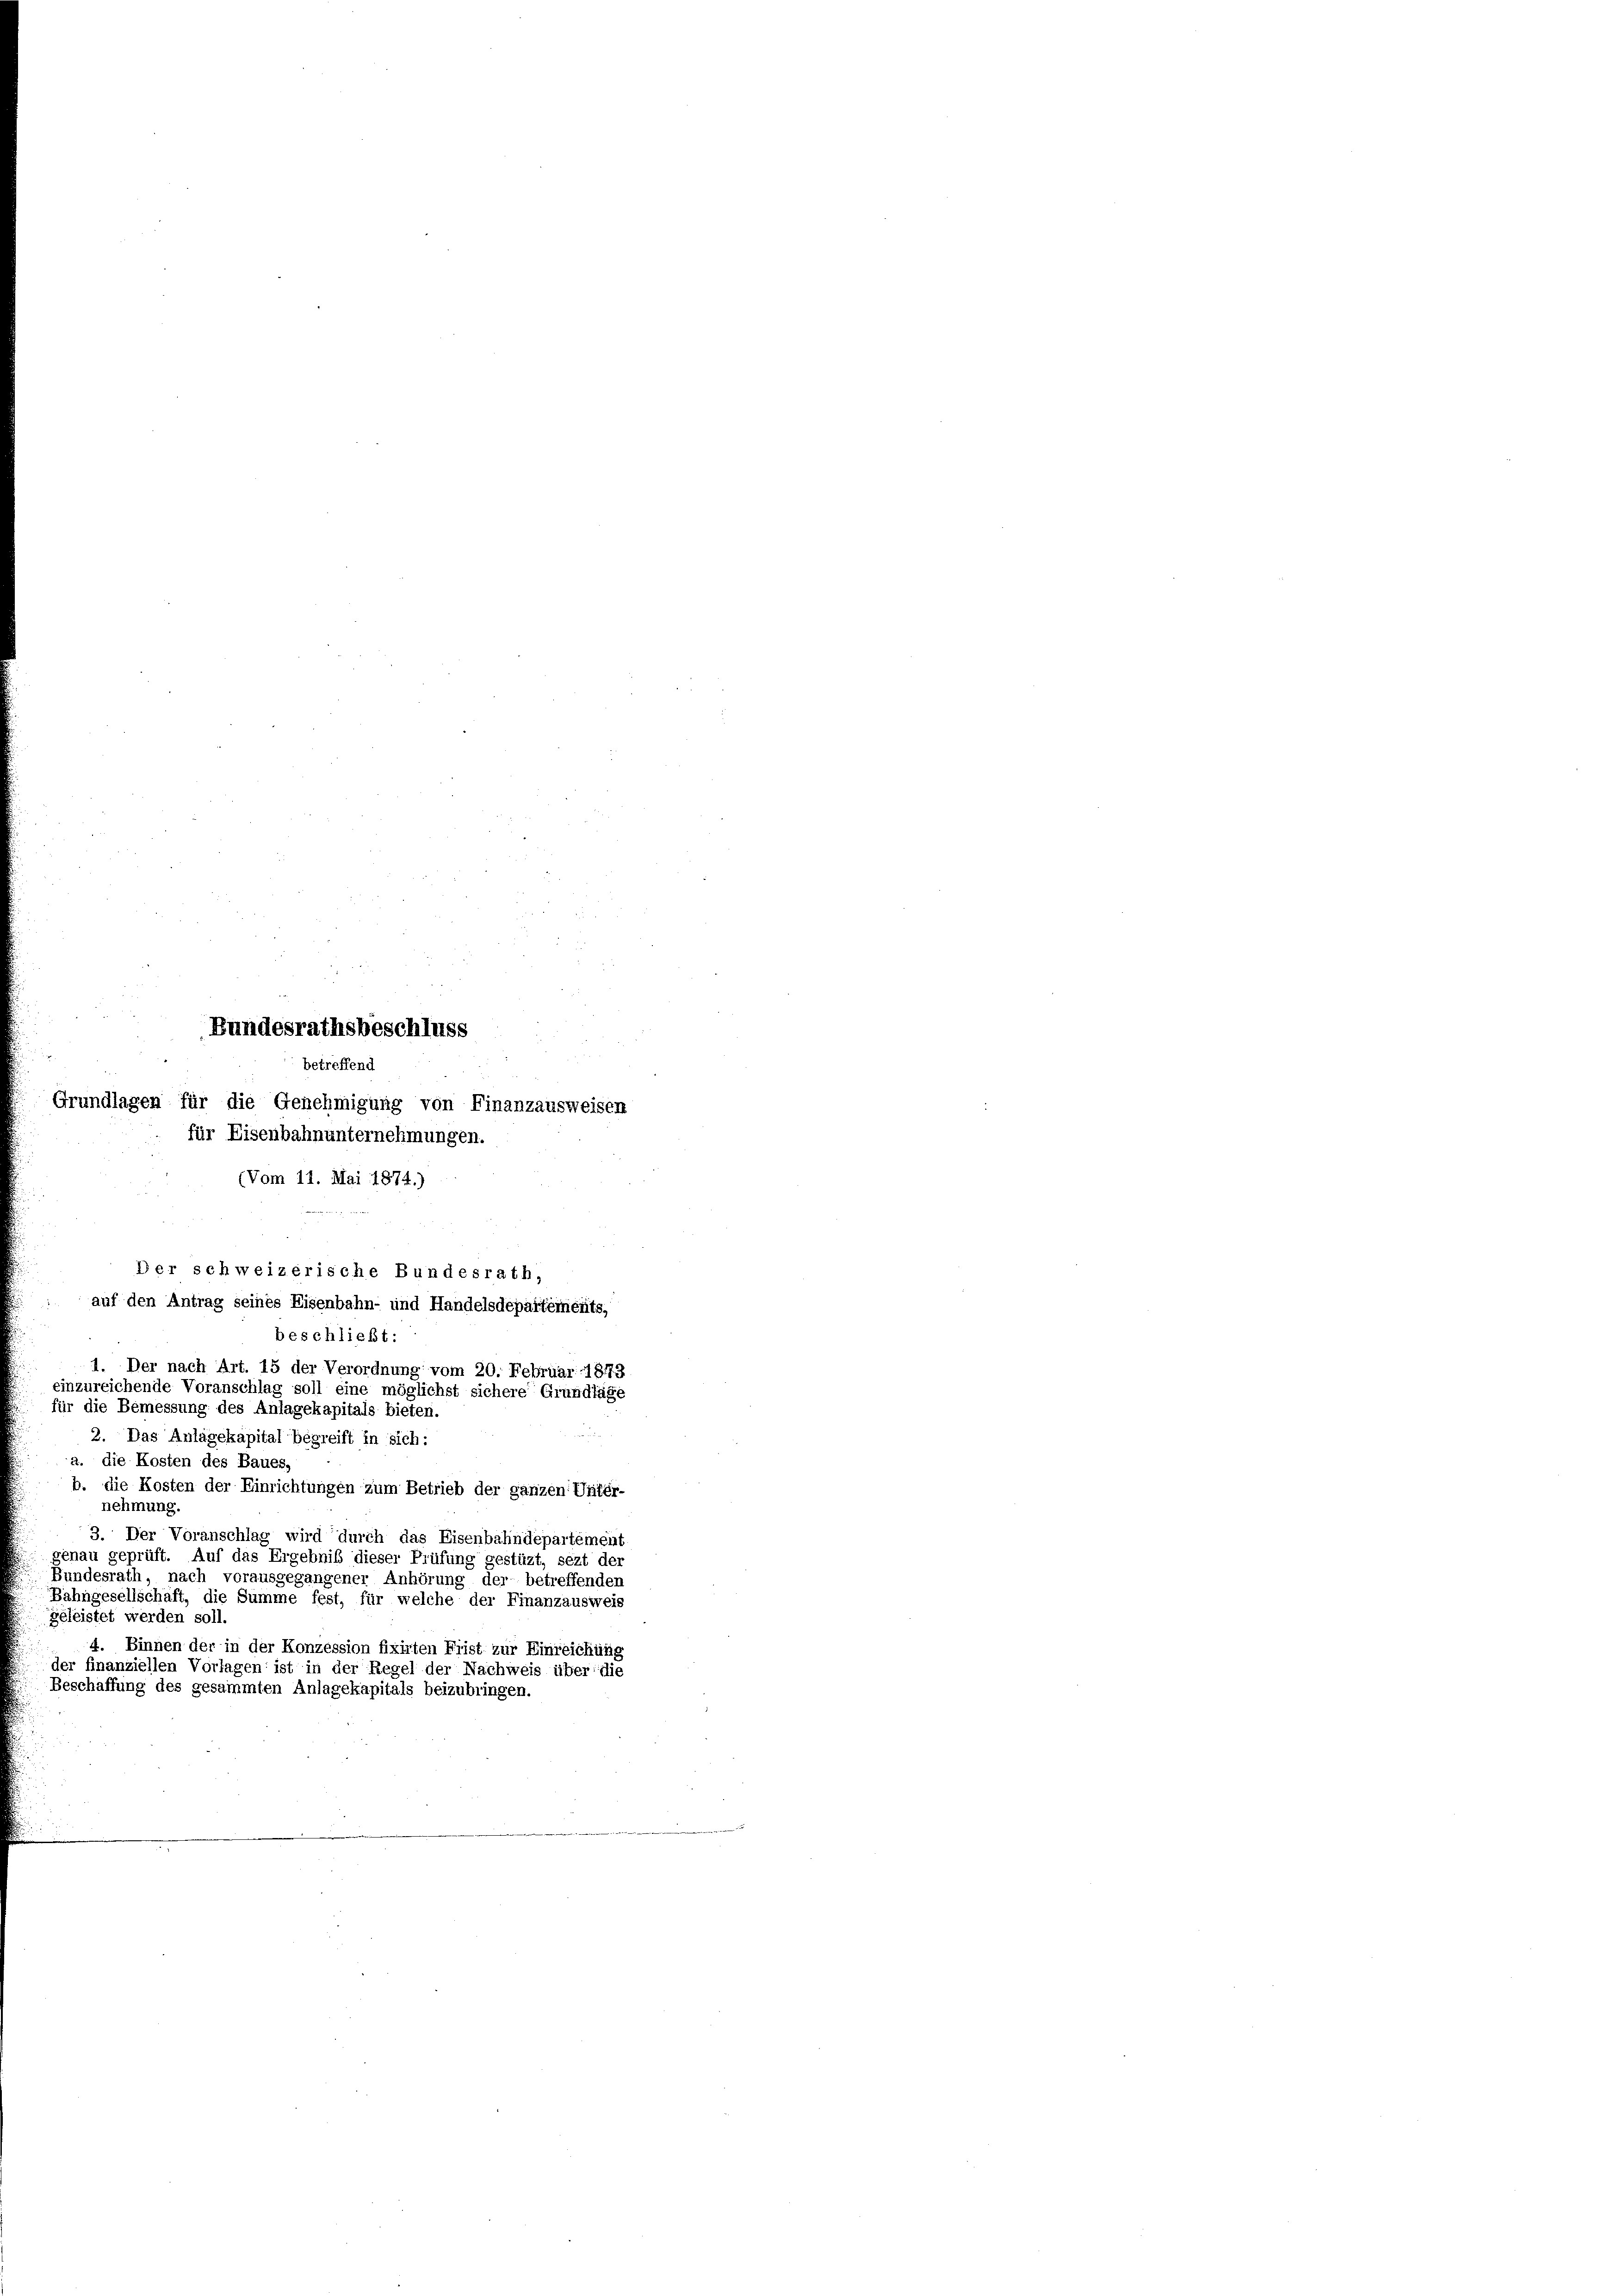
Bundesrathsbeschluss
betreffend
Grundlagen für die Genehmigung von Finanzausweisen
für Eisenbahnunternehmungen.

(Vom 11. Mai 1874.)

Der schweizerische Bundesrath,
auf den Antrag seines Eisenbahn- und Handelsdepartements,
beschließt:
1. Der nach Art. 15 der Verordnung vom 20. Februar 1873
einzureichende Voranschlag soll eine möglichst sichere Grundlage
für die Bemessung des Anlagekapitals bieten.

.
2. Das Anlagekapital begreift in sich:
2. die Kosten des Baues,
b. die Kosten der Einrichtungen zum Betrieb der ganzen Unter-
nehmung.
3. Der Voranschlag wird durch das Eisenbahndepartement
genau geprüft. Auf das Ergebniß dieser Prüfung gestüzt, sezt der
Bundesrath, nach vorausgegangener Anhörung der betreffenden
Bahngesellschaft, die Summe fest, für welche der Finanzausweis
geleistet werden soll.
4. Binnen der in der Konzession fixirten Frist zur Einreichung
der finanziellen Vorlagen ist in der Regel der Nachweis über die
Beschaffung des gesammten Anlagekapitals beizubringen.